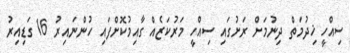
ސިއްހީ ޚިދުމަތް ދިނުމަށް ރަށުގައި ސިއްހީ މަރުކަޒެއް ގާއިމުކޮށްފައި ހުންނައިރު 16 ގަޑިއިރު